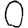
Digit: 0